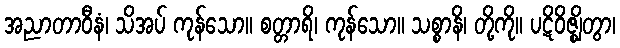
အညာတာဝီနံ၊ သိအပ် ကုန်သော။ စတ္တာရိ၊ ကုန်သော။ သစ္စာနိ၊ တို့ကို။ ပဋိဝိဇ္ဈိတွာ၊